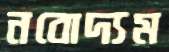
নবোদ্যম